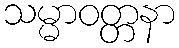
သမ္မာဝတ္တနာ